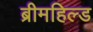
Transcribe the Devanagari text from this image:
ब्रीमहिल्ड